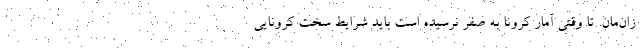
زان‌مان. تا وقتی آمار کرونا به صفر نرسیده است باید شرایط سخت کرونایی